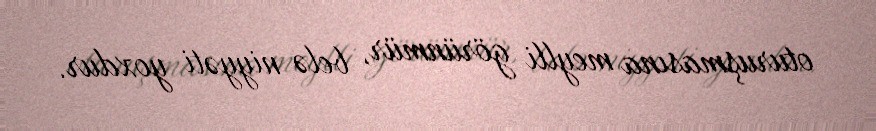
oturuşmasına meylli görünmür, belə niyyəti yoxdur.